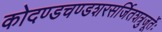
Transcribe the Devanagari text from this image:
कोदण्डचण्डशरसर्जितशत्रुजूर्तेः